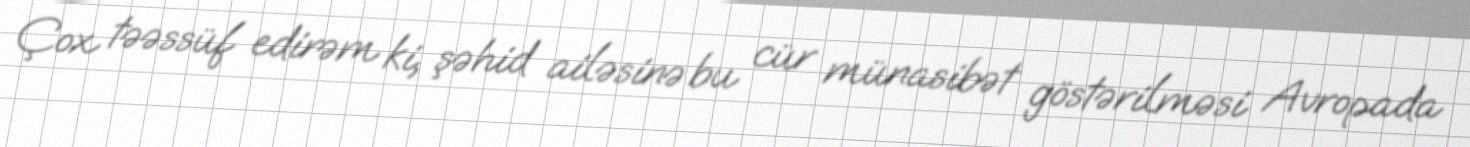
Çox təəssüf edirəm ki, şəhid ailəsinə bu cür münasibət göstərilməsi Avropada